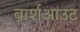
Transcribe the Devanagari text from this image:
वार्शआउट